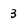
Character: 3